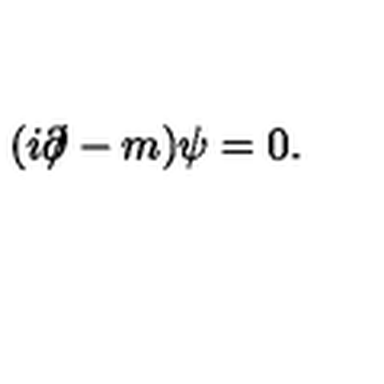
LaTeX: ( i \partial \! \! \! / - m ) \psi = 0 .